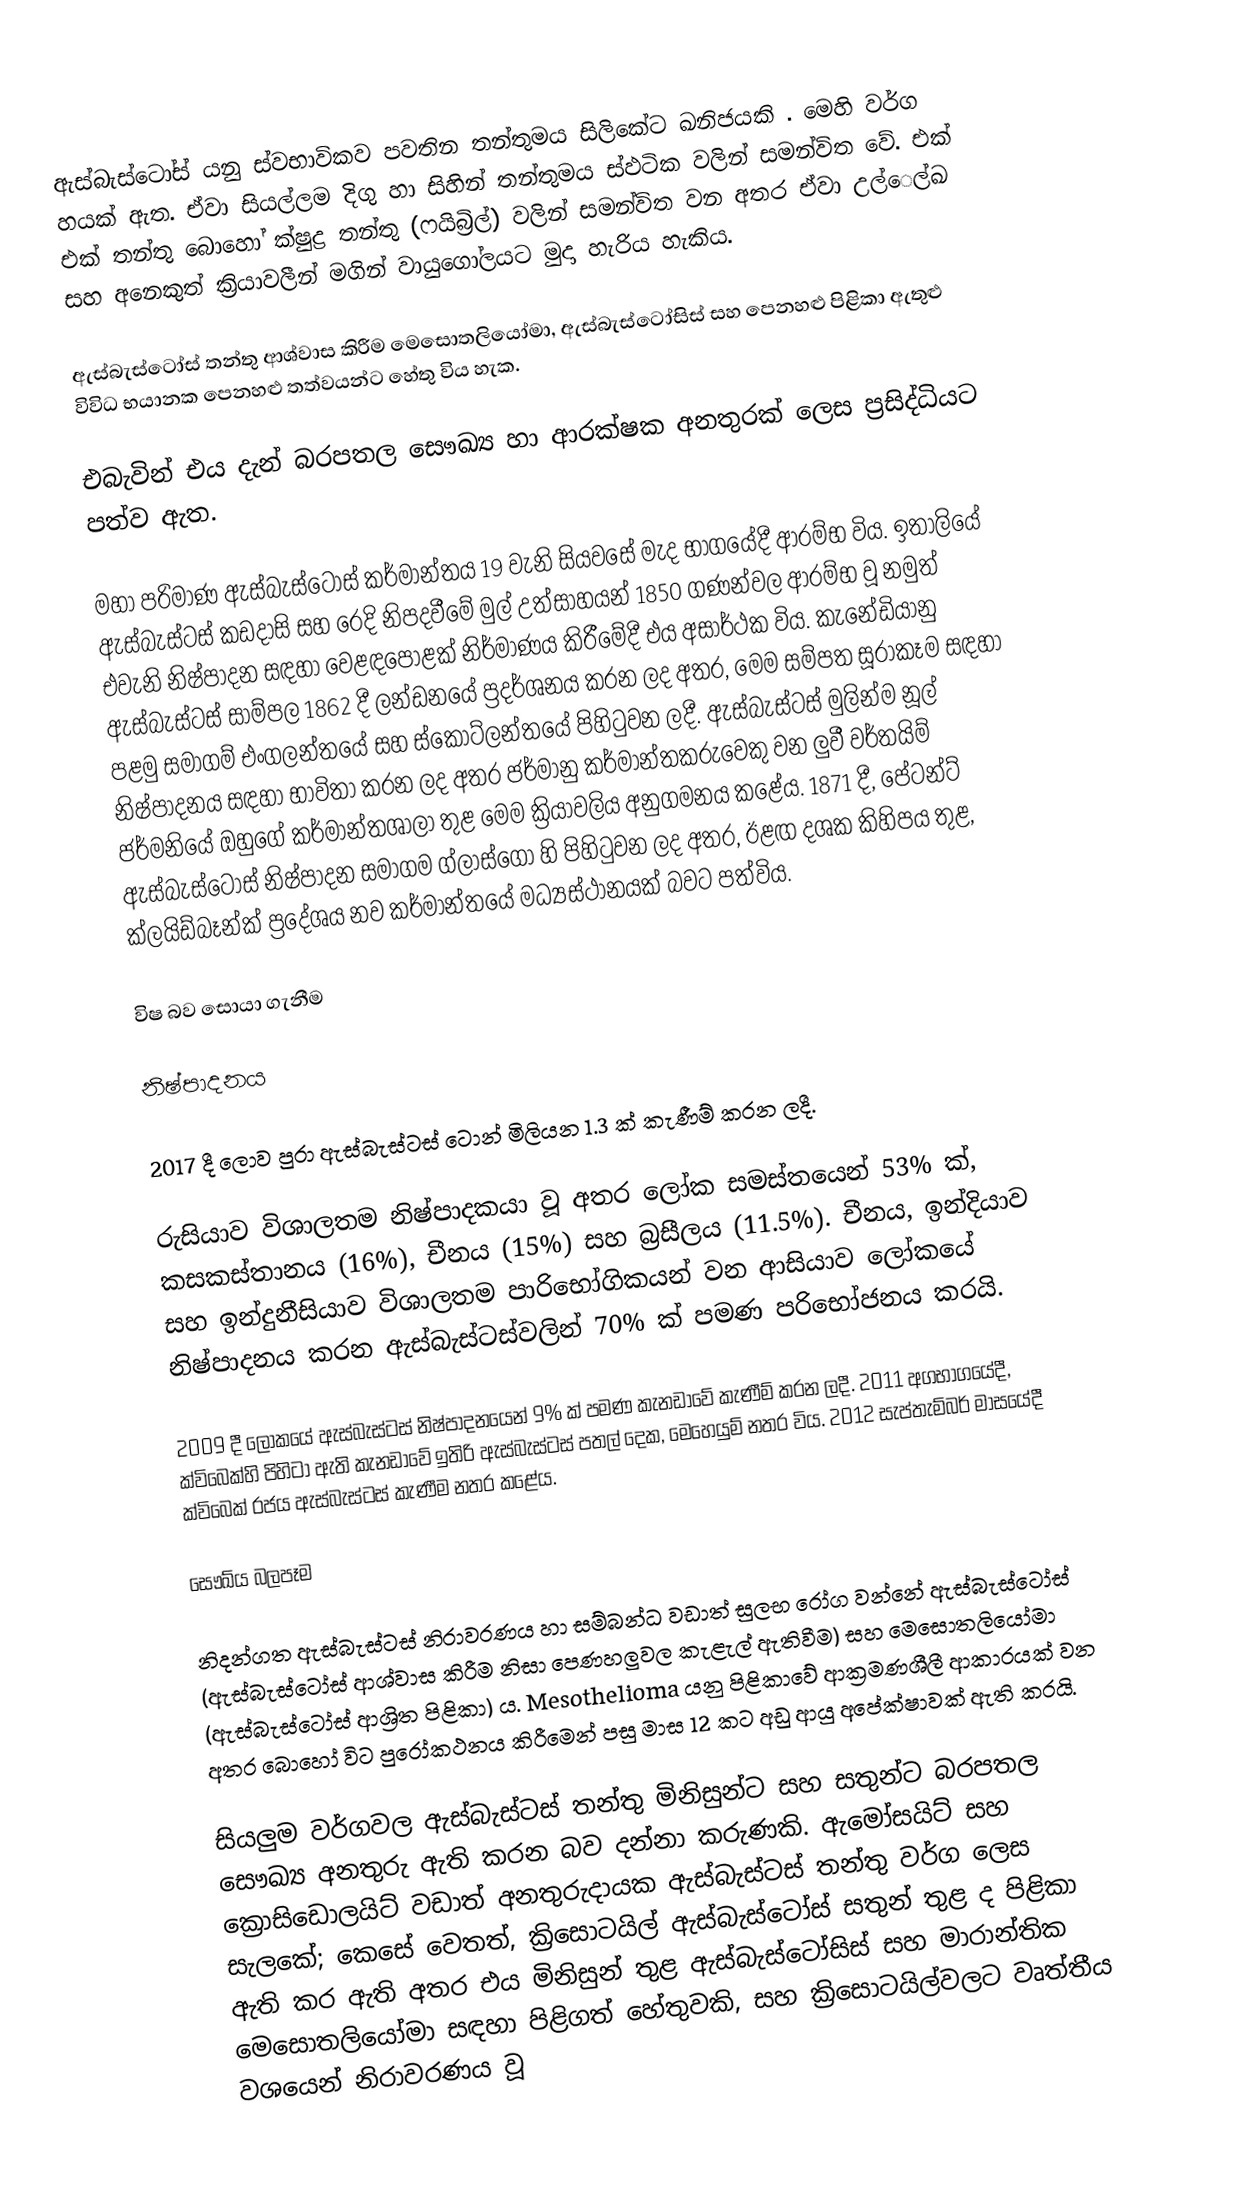
ඇස්බැස්ටෝස් යනු ස්වභාවිකව පවතින තන්තුමය සිලිකේට ඛනිජයකි . මෙහි වර්ග හයක් ඇත. ඒවා සියල්ලම දිගු හා සිහින් තන්තුමය ස්ඵටික වලින් සමන්විත වේ. එක් එක් තන්තු බොහෝ ක්ෂුද්‍ර තන්තු (ෆයිබ්‍රිල්) වලින් සමන්විත වන අතර ඒවා උල්ෙල්ඛ සහ අනෙකුත් ක්‍රියාවලීන් මගින් වායුගෝලයට මුදා හැරිය හැකිය.

ඇස්බැස්ටෝස් තන්තු ආශ්වාස කිරීම මෙසොතලියෝමා, ඇස්බැස්ටෝසිස් සහ පෙනහළු පිළිකා ඇතුළු විවිධ භයානක පෙනහළු තත්වයන්ට හේතු විය හැක.

එබැවින් එය දැන් බරපතල සෞඛ්‍ය හා ආරක්ෂක අනතුරක් ලෙස ප්‍රසිද්ධියට පත්ව ඇත.

මහා පරිමාණ ඇස්බැස්ටෝස් කර්මාන්තය 19 වැනි සියවසේ මැද භාගයේදී ආරම්භ විය. ඉතාලියේ ඇස්බැස්ටස් කඩදාසි සහ රෙදි නිපදවීමේ මුල් උත්සාහයන් 1850 ගණන්වල ආරම්භ වූ නමුත් එවැනි නිෂ්පාදන සඳහා වෙළඳපොළක් නිර්මාණය කිරීමේදී එය අසාර්ථක විය. කැනේඩියානු ඇස්බැස්ටස් සාම්පල 1862 දී ලන්ඩනයේ ප්‍රදර්ශනය කරන ලද අතර, මෙම සම්පත සූරාකෑම සඳහා පළමු සමාගම් එංගලන්තයේ සහ ස්කොට්ලන්තයේ පිහිටුවන ලදී. ඇස්බැස්ටස් මුලින්ම නූල් නිෂ්පාදනය සඳහා භාවිතා කරන ලද අතර ජර්මානු කර්මාන්තකරුවෙකු වන ලුවී වර්තයිම් ජර්මනියේ ඔහුගේ කර්මාන්තශාලා තුළ මෙම ක්‍රියාවලිය අනුගමනය කළේය.  1871 දී, පේටන්ට් ඇස්බැස්ටෝස් නිෂ්පාදන සමාගම ග්ලාස්ගෝ හි පිහිටුවන ලද අතර, ඊළඟ දශක කිහිපය තුළ, ක්ලයිඩ්බෑන්ක් ප්‍රදේශය නව කර්මාන්තයේ මධ්‍යස්ථානයක් බවට පත්විය.

විෂ බව සොයා ගැනීම

නිෂ්පාදනය

2017 දී ලොව පුරා ඇස්බැස්ටස් ටොන් මිලියන 1.3 ක් කැණීම් කරන ලදී.

රුසියාව විශාලතම නිෂ්පාදකයා වූ අතර ලෝක සමස්තයෙන් 53% ක්, කසකස්තානය (16%), චීනය (15%) සහ බ්‍රසීලය (11.5%). චීනය, ඉන්දියාව සහ ඉන්දුනීසියාව විශාලතම පාරිභෝගිකයන් වන ආසියාව ලෝකයේ නිෂ්පාදනය කරන ඇස්බැස්ටස්වලින් 70% ක් පමණ පරිභෝජනය කරයි.

2009 දී ලෝකයේ ඇස්බැස්ටස් නිෂ්පාදනයෙන් 9% ක් පමණ කැනඩාවේ කැණීම් කරන ලදී.  2011 අගභාගයේදී, ක්විබෙක්හි පිහිටා ඇති කැනඩාවේ ඉතිරි ඇස්බැස්ටස් පතල් දෙක, මෙහෙයුම් නතර විය.  2012 සැප්තැම්බර් මාසයේදී ක්විබෙක් රජය ඇස්බැස්ටස් කැණීම නතර කළේය.

සෞඛ්ය බලපෑම

නිදන්ගත ඇස්බැස්ටස් නිරාවරණය හා සම්බන්ධ වඩාත් සුලභ රෝග වන්නේ ඇස්බැස්ටෝස් (ඇස්බැස්ටෝස් ආශ්වාස කිරීම නිසා පෙණහලුවල කැළැල් ඇතිවීම) සහ මෙසොතලියෝමා (ඇස්බැස්ටෝස් ආශ්‍රිත පිළිකා) ය.  Mesothelioma යනු පිළිකාවේ ආක්‍රමණශීලී ආකාරයක් වන අතර බොහෝ විට පුරෝකථනය කිරීමෙන් පසු මාස 12 කට අඩු ආයු අපේක්ෂාවක් ඇති කරයි.

සියලුම වර්ගවල ඇස්බැස්ටස් තන්තු මිනිසුන්ට සහ සතුන්ට බරපතල සෞඛ්‍ය අනතුරු ඇති කරන බව දන්නා කරුණකි.    ඇමෝසයිට් සහ ක්‍රොසිඩොලයිට් වඩාත් අනතුරුදායක ඇස්බැස්ටස් තන්තු වර්ග ලෙස සැලකේ;   කෙසේ වෙතත්, ක්‍රිසොටයිල් ඇස්බැස්ටෝස් සතුන් තුළ ද පිළිකා ඇති කර ඇති අතර එය මිනිසුන් තුළ ඇස්බැස්ටෝසිස් සහ මාරාන්තික මෙසොතලියෝමා සඳහා පිළිගත් හේතුවකි,  සහ ක්‍රිසොටයිල්වලට වෘත්තීය වශයෙන් නිරාවරණය වූ